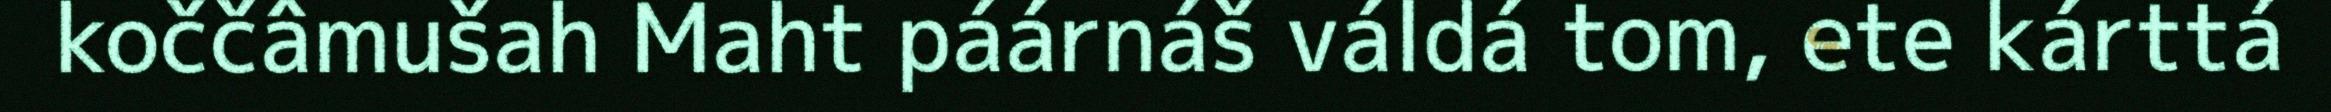
koččâmušah Maht páárnáš váldá tom, ete kárttá